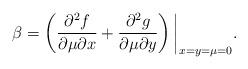
LaTeX: \begin{align*}\beta = \left( \frac{\partial^2 f}{\partial \mu \partial x} + \frac{\partial^2 g}{\partial \mu \partial y}\right) \bigg|_{x = y = \mu = 0}.\end{align*}